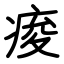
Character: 痠